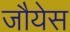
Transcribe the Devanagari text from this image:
जौयेस